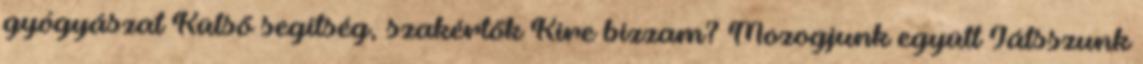
gyógyászat Külső segítség, szakértők Kire bízzam? Mozogjunk együtt Játsszunk